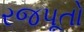
રજપૂતો